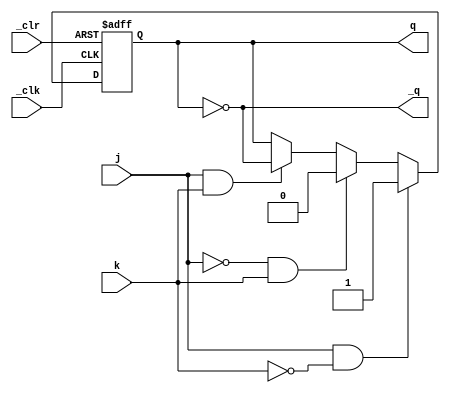
/*
  MIT License

  Copyright (c) 2019 Richard Eng

  Permission is hereby granted, free of charge, to any person obtaining a copy
  of this software and associated documentation files (the "Software"), to deal
  in the Software without restriction, including without limitation the rights
  to use, copy, modify, merge, publish, distribute, sublicense, and/or sell
  copies of the Software, and to permit persons to whom the Software is
  furnished to do so, subject to the following conditions:

  The above copyright notice and this permission notice shall be included in all
  copies or substantial portions of the Software.

  THE SOFTWARE IS PROVIDED "AS IS", WITHOUT WARRANTY OF ANY KIND, EXPRESS OR
  IMPLIED, INCLUDING BUT NOT LIMITED TO THE WARRANTIES OF MERCHANTABILITY,
  FITNESS FOR A PARTICULAR PURPOSE AND NONINFRINGEMENT. IN NO EVENT SHALL THE
  AUTHORS OR COPYRIGHT HOLDERS BE LIABLE FOR ANY CLAIM, DAMAGES OR OTHER
  LIABILITY, WHETHER IN AN ACTION OF CONTRACT, TORT OR OTHERWISE, ARISING FROM,
  OUT OF OR IN CONNECTION WITH THE SOFTWARE OR THE USE OR OTHER DEALINGS IN THE
  SOFTWARE.
*/

/*
  74LS107
  -------
  Dual Negative-Edge-Triggered J-K Flip-Flops with clear
  
  Pinout
  ------
          _______
         |       |
     j1 -| 1  14 |- VCC
    _q1 -| 2  13 |- _clr1
     q1 -| 3  12 |- _clk1
     k1 -| 4  11 |- k2
     q2 -| 5  10 |- _clr2
    _q2 -| 6   9 |- _clk2
    GND -| 7   8 |- j2
         |_______|
*/
`default_nettype none

module ls107
(
    input wire  _clk, _clr, j, k,
    output reg  q,
    output wire _q
);

initial q = 1'b0;

always @(negedge _clk or negedge _clr) begin
    if (_clr == 1'b0) begin
      q <= 1'b0;
    end else if (j == 1'b1 && k == 1'b0) begin
      q <= 1'b1;
    end else if (j == 1'b0 && k == 1'b1) begin
      q <= 1'b0;
    end else if (j == 1'b1 && k == 1'b1) begin
      q <= ~q;
    end
end

assign _q = ~q;

endmodule